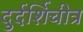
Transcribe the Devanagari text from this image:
दुर्दर्शिचीत्र